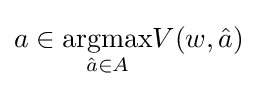
a\in {\underset {{\hat {a}}\in A}{\operatorname {argmax} }}V(w,{\hat {a}})